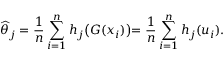
\widehat { \theta } _ { j } = \frac { 1 } { n } \sum _ { i = 1 } ^ { n } h _ { j } \bigl ( G ( x _ { i } ) \bigl ) = \frac { 1 } { n } \sum _ { i = 1 } ^ { n } h _ { j } ( u _ { i } ) .